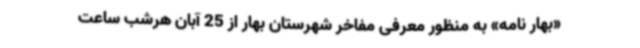
«بهار نامه» به منظور معرفی مفاخر شهرستان بهار از 25 آبان هرشب ساعت